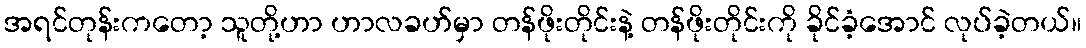
အရင်တုန်းကတော့ သူတို့ဟာ ဟာလခဟ်မှာ တန်ဖိုးတိုင်းနဲ့ တန်ဖိုးတိုင်းကို ခိုင်ခံ့အောင် လုပ်ခဲ့တယ်။